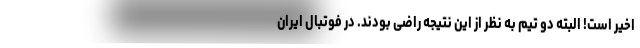
اخیر است! البته دو تیم به نظر از این نتیجه راضی بودند. در فوتبال ایران